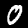
Label: 0